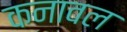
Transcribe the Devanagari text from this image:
कनावल